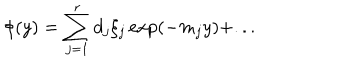
\phi ( y ) = \sum _ { j = 1 } ^ { r } d _ { j } \xi _ { j } \exp ( - m _ { j } y ) + . . .